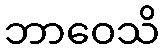
ဘာဝေသိ